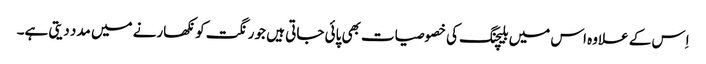
اِس کے علاوہ اس میں بلیچنگ کی خصوصیات بھی پائی جاتی ہیں جو رنگت کو نکھارنے میں مدد دیتی ہے۔